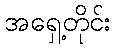
အရှေ့တိုင်း